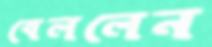
বেললেন